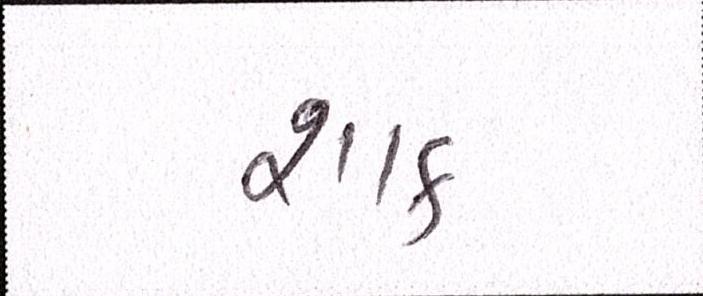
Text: શાક